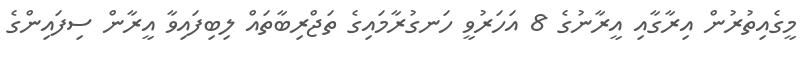
މީގެއިތުރުން އިރާގާއި އީރާނުގެ 8 އަހަރުވީ ހަނގުރާމައިގެ ތަޖްރިބާތައް ލިބިފައިވާ އީރާން ސިފައިންގެ